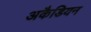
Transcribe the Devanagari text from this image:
अकैडियन